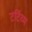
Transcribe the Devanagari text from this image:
टर्टिव्म